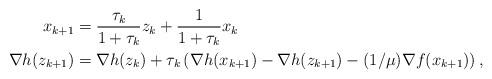
LaTeX: \begin{align*}x_{k+1} &= \frac{\tau_{k}}{1+\tau_{k}}z_k + \frac{1}{1+\tau_{k}} x_k\\\nabla h(z_{k+1}) &= \nabla h(z_k) + \tau_{k}\left(\nabla h(x_{k+1}) - \nabla h(z_{k+1}) - (1/\mu)\nabla f(x_{k+1})\right),\end{align*}